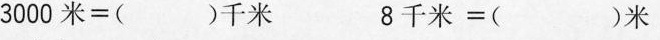
3000米=()千米 8千米=( )米